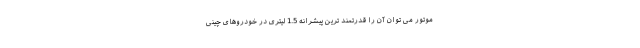
موتور می توان آن را قدرتمند ترین پیشرانه 1.5 لیتری در خودروهای چینی